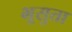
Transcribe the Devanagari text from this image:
भूसुता